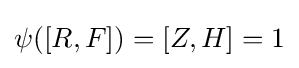
\psi (\lbrack R,F\rbrack )=\lbrack Z,H\rbrack =1